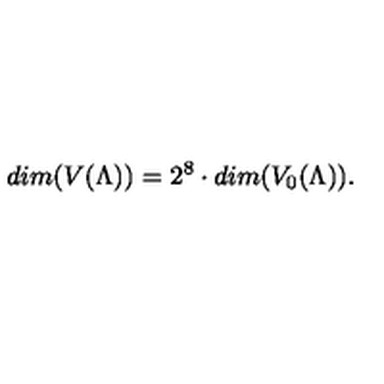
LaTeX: d i m ( V ( \Lambda ) ) = 2 ^ { 8 } \cdot d i m ( V _ { 0 } ( \Lambda ) ) .